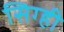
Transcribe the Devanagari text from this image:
सिग्ही